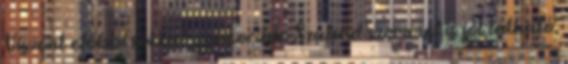
Viszont előbbi sokkal gyakoribb. Szabad szemmel is jól látható,